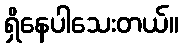
ရှိနေပါသေးတယ်။